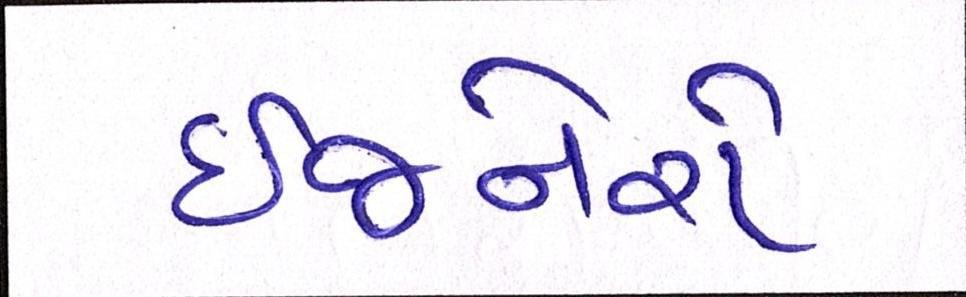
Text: ઈજનેરો